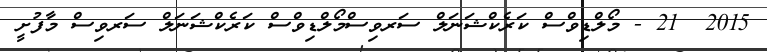
2015  21 - މޯލްޑިވްސް ކަރެކްޝަނަލް ސަރވިސްމޯލްޑިވްސް ކަރެކްޝަނަލް ސަރވިސް މާފުށީ